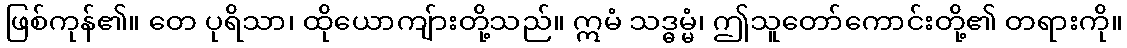
ဖြစ်ကုန်၏။ တေ ပုရိသာ၊ ထိုယောကျ်ားတို့သည်။ ဣမံ သဒ္ဓမ္မံ၊ ဤသူတော်ကောင်းတို့၏ တရားကို။